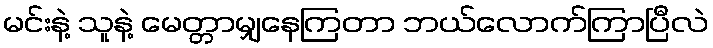
မင်းနဲ့ သူနဲ့ မေတ္တာမျှနေကြတာ ဘယ်လောက်ကြာပြီလဲ